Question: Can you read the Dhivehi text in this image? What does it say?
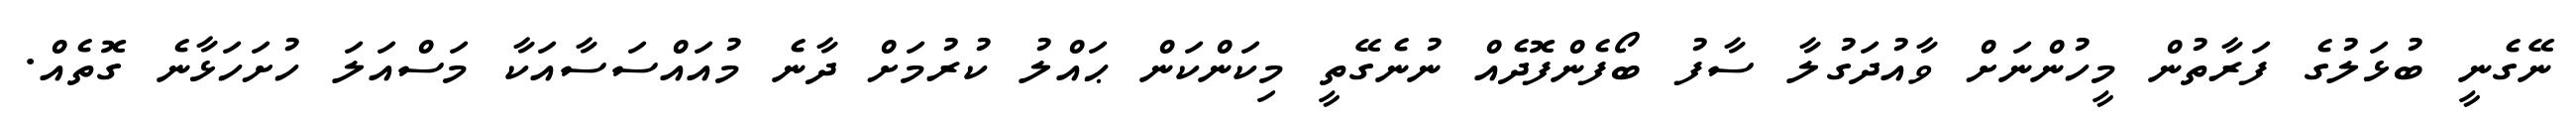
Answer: ނޭގެނީ ބުޅަލުގެ ފަރާތުން މީހުންނަށް ވާއުދަގުލާ ސާފު ބޯފެންފޮދެއް ނުނެގޭތީ މިކަންކަން ޙައްލު ކުރުމަށް ދާނެ މުއައްސަސާއަކާ މަސްއަލަ ހުށަހަޅާނެ ގޮތެއް.